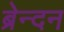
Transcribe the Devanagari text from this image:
ब्रेन्दन